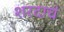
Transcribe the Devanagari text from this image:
शरदाचं